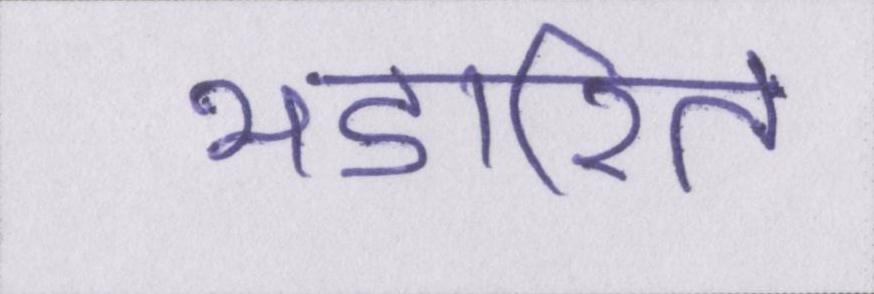
भंडारित